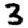
Digit: 3